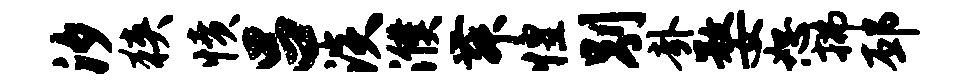
汐狭愤吕淡濮舞惶别卦婺恕拂邳